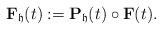
LaTeX: \begin{align*}{\bf F}_\mathfrak{h}(t):={\bf P}_\mathfrak{h}(t)\circ{\bf F}(t). \end{align*}